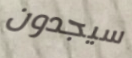
سيجدون